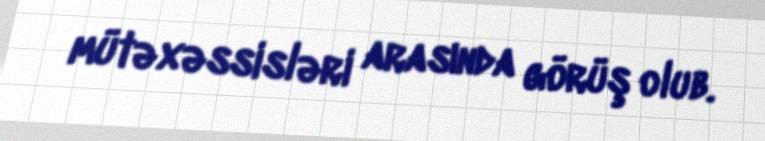
mütəxəssisləri arasında görüş olub.